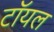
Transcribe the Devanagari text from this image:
टॉयल